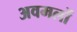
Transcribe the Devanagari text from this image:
अवमलों